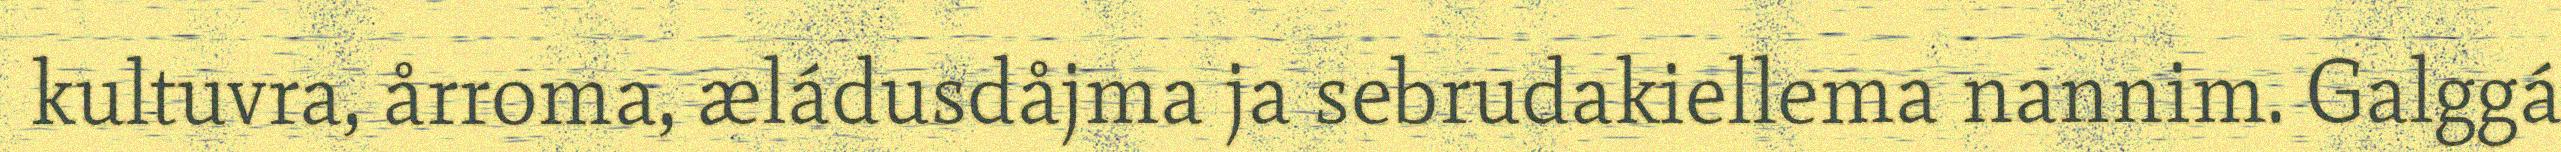
kultuvra, årroma, æládusdåjma ja sebrudakiellema nannim. Galggá